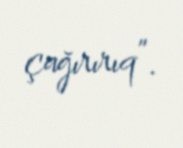
çağırırıq”.